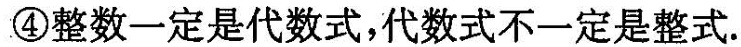
④整数一定是代数式，代数式不一定是整式。